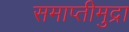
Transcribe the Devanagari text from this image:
समाप्तीमुद्रा